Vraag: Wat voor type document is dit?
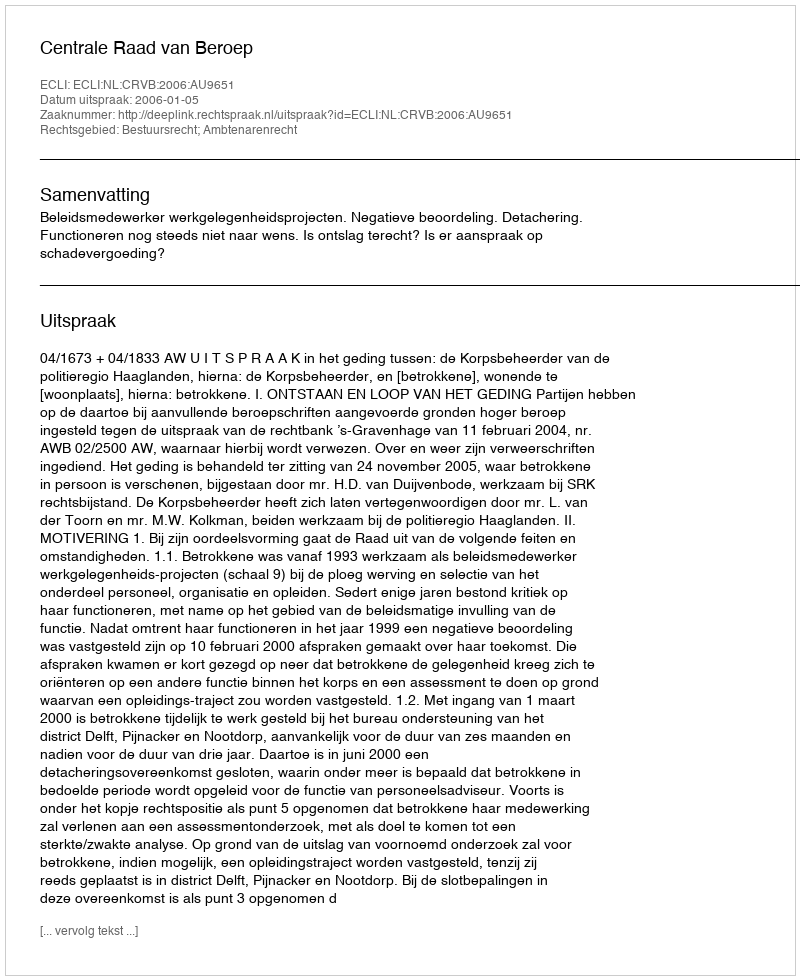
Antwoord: Uitspraak